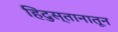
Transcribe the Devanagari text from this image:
हिंदुस्तानातून